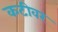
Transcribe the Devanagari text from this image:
कटीवर